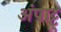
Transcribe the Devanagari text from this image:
अंपाट्टु